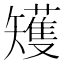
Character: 矱